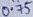
Text: 0.75